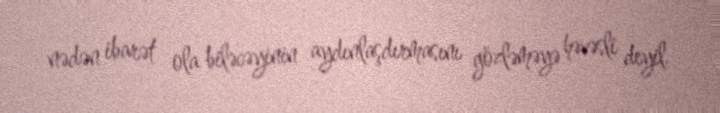
nədən ibarət ola biləcəyinin aydınlaşdırmasını gözləməyə həvəsli deyil.